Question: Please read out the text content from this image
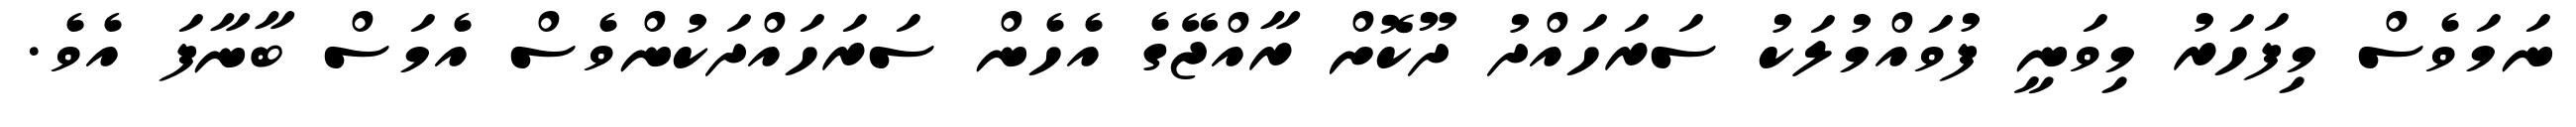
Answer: ނަމަވެސް މިފަހަރު މިވަނީ ފުވައްމުލަކު ސަރަހައްދު ދޫކޮށް ރާއްޖޭގެ އެހެން ސަރަހައްދަކުންވެސް އެމަސް ބާނާފަ އެވެ.